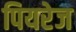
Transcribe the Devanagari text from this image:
पियरेज